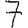
Digit: 7